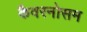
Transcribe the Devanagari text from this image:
कैवरनोसम